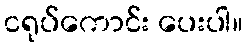
ငရုပ်ကောင်း ပေးပါ။